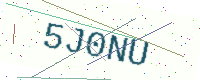
Text: 5J0NU